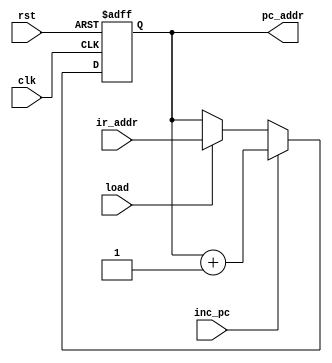
//`timescale 1ns/1ps
//jmp ir_addrpc_addr
module counter(
	pc_addr,
	ir_addr,
	load,
	clk,
	rst,
	inc_pc
);

input clk, rst, inc_pc, load;
output reg[12:0] pc_addr;
input [12:0] ir_addr;

always@(posedge clk or negedge rst)begin
	if(!rst) pc_addr = 13'h0;
	else if(inc_pc) pc_addr <= pc_addr+1;
	else if(load) pc_addr <= ir_addr;
end

endmodule